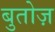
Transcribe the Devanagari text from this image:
बुतोज़